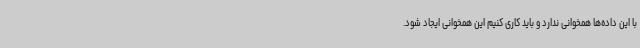
با این داده‌ها همخوانی ندارد و باید کاری کنیم این همخوانی ایجاد شود.